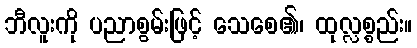
ဘီလူးကို ပညာစွမ်းဖြင့် သေစေ၏၊ ထုလ္လစ္စည်း။